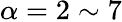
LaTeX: \alpha=2\sim 7